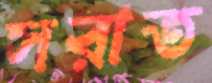
সরাত